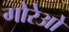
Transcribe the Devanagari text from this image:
गोरेओ